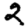
Digit: 2